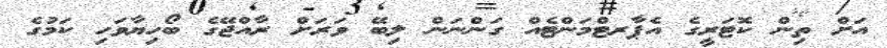
އަށް ތިން ކޮޓަރީގެ އެޕާރޓްމަންޓެއް ގަންނަން ލިބޭ ވަރަށް ރާއްޖޭގެ ބޯހިޔާވަހި ކަމުގެ